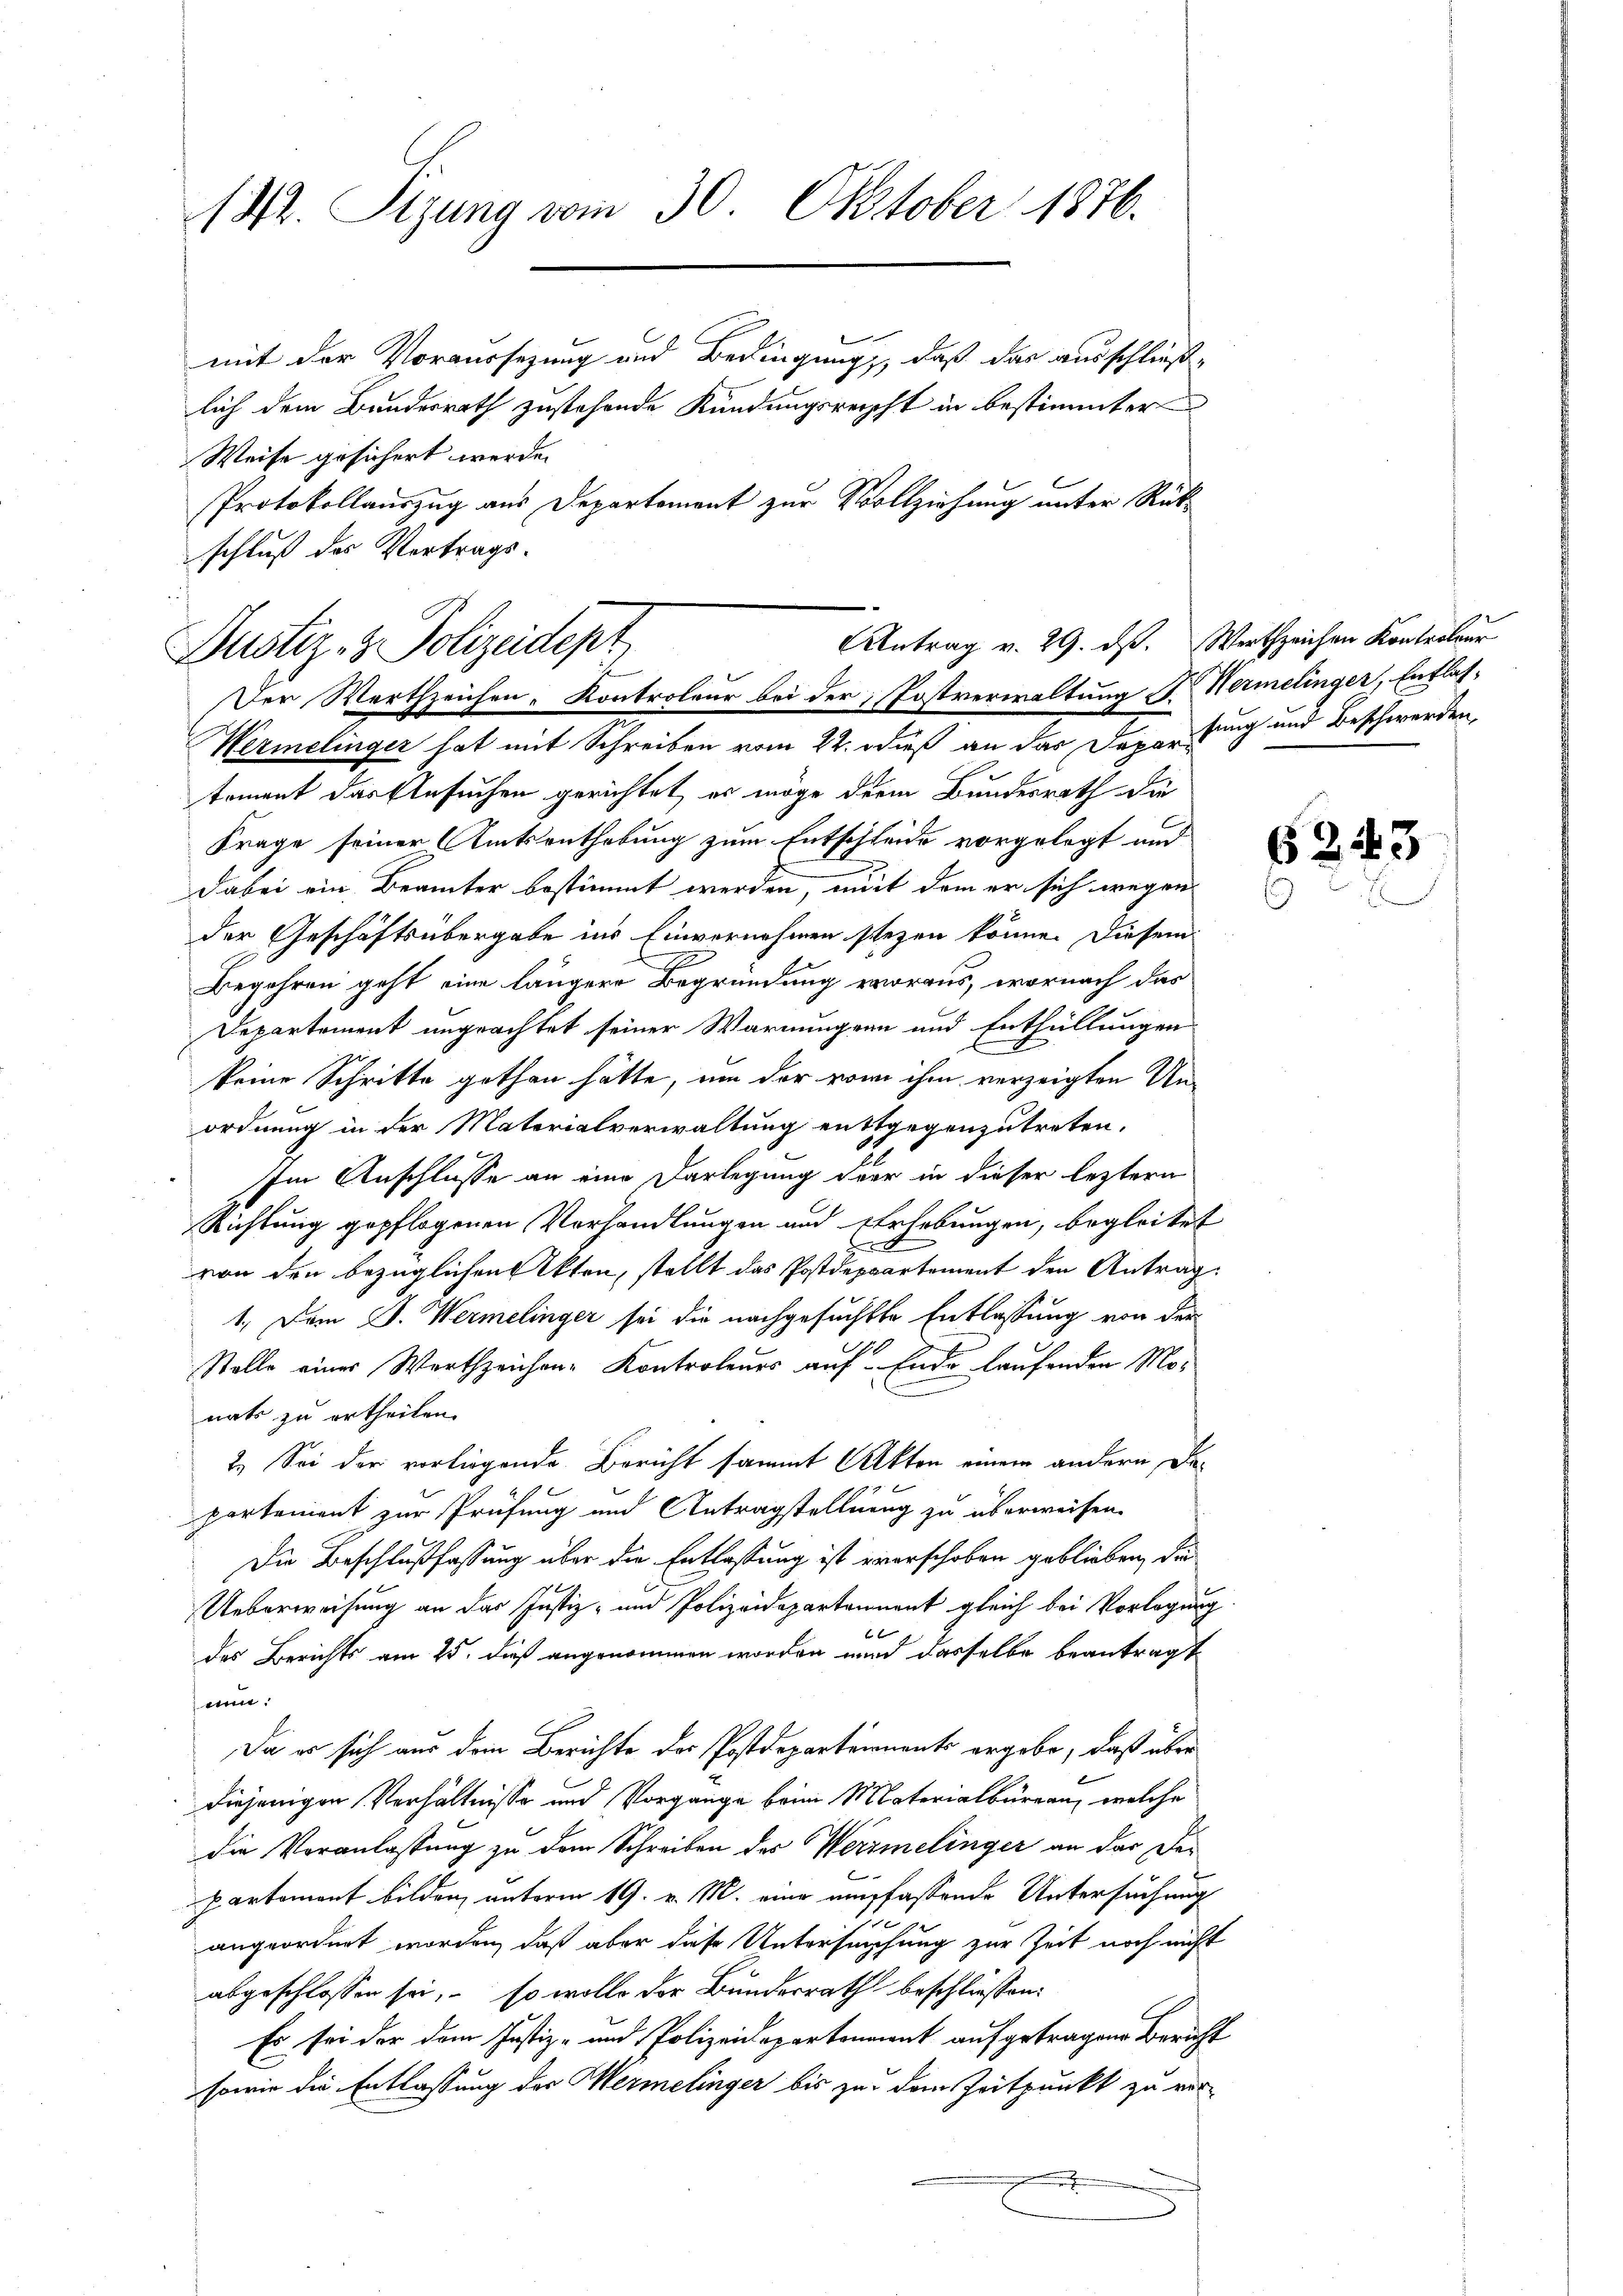
142. Sizung vom 30. Oktober 1876.

mit der Voraussezung und Bedingung, daß das ausschließlich dem Bundesrath zustehende Kündungsreicht in bestimmter
Weise gesichert werde.
Protokollauszug aus Departement zur Vollziehung unter Rückschluß des Vertrags-

Antrag v. 29. ds.
Justiz- & Polizeidept
Der Werthzeichen, Kontroleur bei der Postverwaltung S. Hermelinger, Entlas¬

Wermelinger hat mit Schreiben vom 22. dieß an das Departung und Beschwerden,
toment das Ansuchen gerichtet, es möge deren Bundesrath die
Frage seiner Amtsenthebung zum Entschleide vorgelegt und
Dabei ein Beamter bestimmt werden, mit dem er sich wegen
der Geschäftsübergabe ins Einvernehmen stehen könne. Diesem
1
Begehren geht eine längere Begründung voraus, wornach das
Departement ungeachtet seiner Warnungen und Enthüllungen
keine Schritte gethan hätte, um der von ihm verzeigten Unordnung in der Materialverwaltung entgegenzutreten,
Im Anschlüsse an eine Darlegung der in dieser leztern
Richtung gepflogenen Vorhandlungen und Erhebungen, begleitet
.
von den bezüglichen Akten, stellt das Postdepartement den Antrag
1. Dem J. Wermelinger sei die nachgesuchte Entlassung von der
Stolle eines Werthzeichen Kontroleurs auf Ende laufenden Monats zu ertheilen.
2.) Sei der vorliegende Bericht sammt Akten einem andern Departement zur Prüfung und Antragstellung zu überweisen.
Die Beschlußfassung über die Entlastung ist everschoben geblieben, die
Ueberweisung an das Justiz- und Polizeidepartennent gleich bei Vorlegung
f
des Berichts am 25. dieß angenommen worden wird dasselbe beantragt
mun.
Da er sich aus dem Berichte der Postdeparteinants ergebe, daß über
diejenigen Verhältnisse und Vorgange beim Materialbüreau, welche
die Veranlassung zu dem Schreiben des Werimelinger an der De¬
Partement bilden, unterm 19. v. M. eine empfassende Untersuchung
angeordnet worden, daß aber diese Untersuchung zur Zeit noch nicht
abgeschlossen sei, so wolle der Bundesrath beschliessen:
Es sei der dem Justiz- und Polizeidepartenannt aufgetragen Bericht
sowie die Entlassung des Mermelinger bis zu dem Zeitpunkt zu vere

Wertzeichen Kontroleur

62.

63